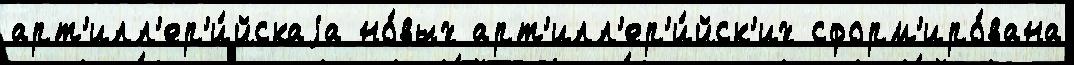
арт'илл'ер'и́йскаjа но́вых арт'илл'ер'и́йск'их сформ'иро́вана